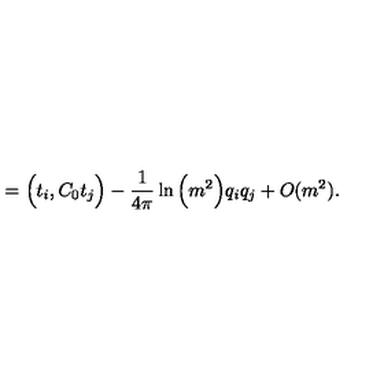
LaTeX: = \Big ( t _ { i } , C _ { 0 } t _ { j } \Big ) - \frac { 1 } { 4 \pi } \ln \Big ( m ^ { 2 } \Big ) q _ { i } q _ { j } + O ( m ^ { 2 } ) .